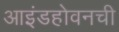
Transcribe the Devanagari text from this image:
आइंडहोवनची